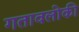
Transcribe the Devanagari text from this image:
गतावलोकी